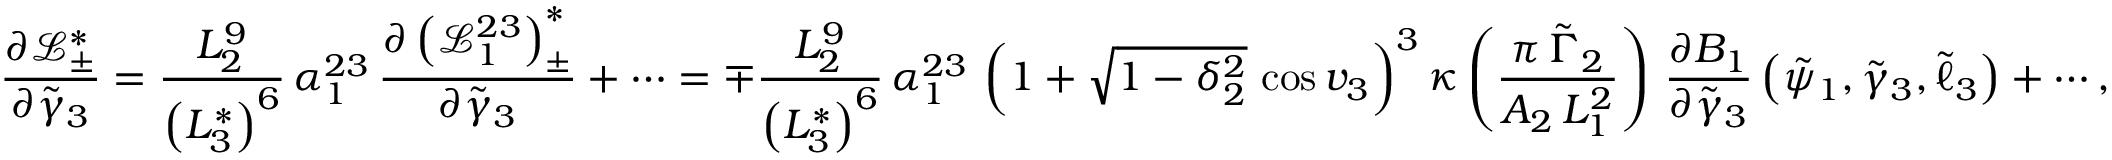
\frac { \partial \mathcal { L } _ { \pm } ^ { * } } { \partial \tilde { \gamma } _ { 3 } } = \frac { L _ { 2 } ^ { 9 } } { \left( L _ { 3 } ^ { * } \right) ^ { 6 } } \, \alpha _ { 1 } ^ { 2 3 } \, \frac { \partial \left( \mathcal { L } _ { 1 } ^ { 2 3 } \right) _ { \pm } ^ { * } } { \partial \tilde { \gamma } _ { 3 } } + \cdots = \mp \frac { L _ { 2 } ^ { 9 } } { \left( L _ { 3 } ^ { * } \right) ^ { 6 } } \, \alpha _ { 1 } ^ { 2 3 } \, \left( 1 + \sqrt { 1 - \delta _ { 2 } ^ { 2 } } \, \cos v _ { 3 } \right) ^ { 3 } \kappa \left( \frac { \pi \, \tilde { \Gamma } _ { 2 } } { A _ { 2 } \, L _ { 1 } ^ { 2 } } \right) \, \frac { \partial B _ { 1 } } { \partial \tilde { \gamma } _ { 3 } } \left( \tilde { \psi } _ { 1 } , \tilde { \gamma } _ { 3 } , \tilde { \ell } _ { 3 } \right) + \cdots ,